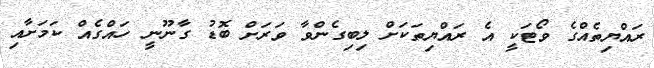
ރައްޔިތެއްގެ ވޯޓަކީ އެ ރައްޔިތަކަށް ލިބިގެންވާ ވަރަށް ބޮޑު ގާނޫނީ ހައްގެއް ކަމަށާއި